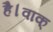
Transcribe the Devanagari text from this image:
है।वाक्